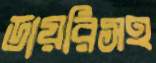
ডায়রিসহ